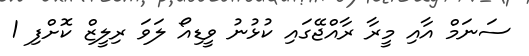
ސަނަމް އާއި މީރާ ރާއްޖޭގައި ކުޅުނު ވީޑިއޯ ލަވަ ރިލީޒް ކޮށްފި 1